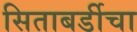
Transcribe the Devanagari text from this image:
सिताबर्डीचा